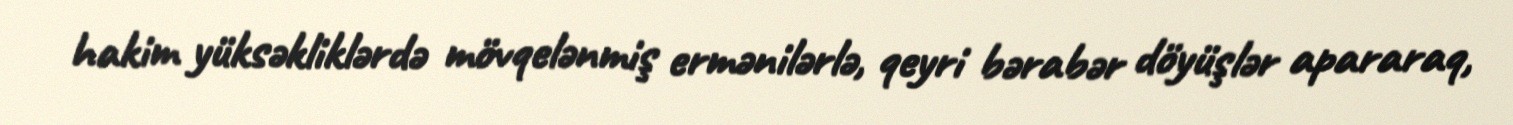
hakim yüksəkliklərdə mövqelənmiş ermənilərlə, qeyri bərabər döyüşlər apararaq,